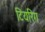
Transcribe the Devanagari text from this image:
टियरिंग